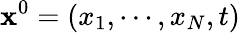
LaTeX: \mathbf{x}^{0}=\left(x_{1},\cdots,x_{N},t\right)